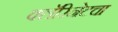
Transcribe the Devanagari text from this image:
क्लॅरिनेटचा